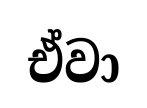
ඒවා